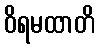
ဝိရမထာတိ